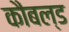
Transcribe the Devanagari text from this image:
कौबल्ड